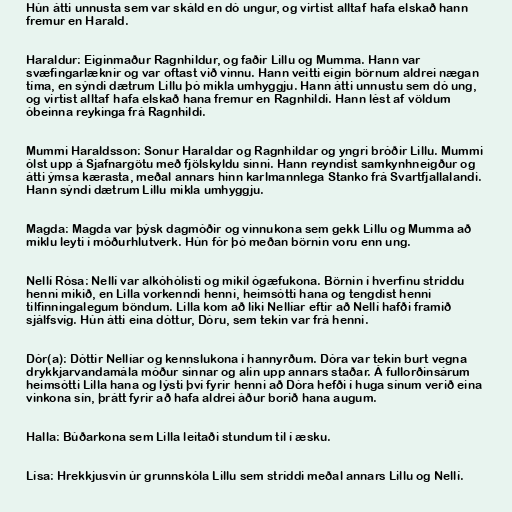
Hún átti unnusta sem var skáld en dó ungur, og virtist alltaf hafa elskað hann
fremur en Harald.

Haraldur: Eiginmaður Ragnhildur, og faðir Lillu og Mumma. Hann var
svæfingarlæknir og var oftast við vinnu. Hann veitti eigin börnum aldrei nægan
tíma, en sýndi dætrum Lillu þó mikla umhyggju. Hann átti unnustu sem dó ung,
og virtist alltaf hafa elskað hana fremur en Ragnhildi. Hann lést af völdum
óbeinna reykinga frá Ragnhildi.

Mummi Haraldsson: Sonur Haraldar og Ragnhildar og yngri bróðir Lillu. Mummi
ólst upp á Sjafnargötu með fjölskyldu sinni. Hann reyndist samkynhneigður og
átti ýmsa kærasta, meðal annars hinn karlmannlega Stanko frá Svartfjallalandi.
Hann sýndi dætrum Lillu mikla umhyggju.

Magda: Magda var þýsk dagmóðir og vinnukona sem gekk Lillu og Mumma að
miklu leyti í móðurhlutverk. Hún fór þó meðan börnin voru enn ung.

Nellí Rósa: Nellí var alkóhólisti og mikil ógæfukona. Börnin í hverfinu stríddu
henni mikið, en Lilla vorkenndi henni, heimsótti hana og tengdist henni
tilfinningalegum böndum. Lilla kom að líki Nellíar eftir að Nellí hafði framið
sjálfsvíg. Hún átti eina dóttur, Dóru, sem tekin var frá henni.

Dór(a): Dóttir Nellíar og kennslukona í hannyrðum. Dóra var tekin burt vegna
drykkjarvandamála móður sinnar og alin upp annars staðar. Á fullorðinsárum
heimsótti Lilla hana og lýsti því fyrir henni að Dóra hefði í huga sínum verið eina
vinkona sín, þrátt fyrir að hafa aldrei áður borið hana augum.

Halla: Búðarkona sem Lilla leitaði stundum til í æsku.

Lísa: Hrekkjusvín úr grunnskóla Lillu sem stríddi meðal annars Lillu og Nellí.